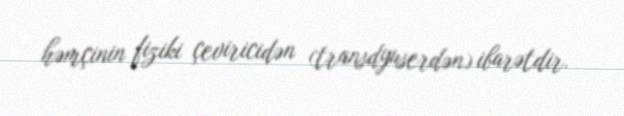
həmçinin fiziki çeviricidən (transdyuserdən) ibarətdir.